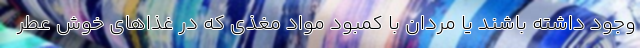
وجود داشته باشند یا مردان با کمبود مواد مغذی که در غذاهای خوش عطر